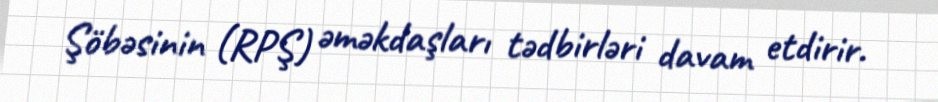
Şöbəsinin (RPŞ) əməkdaşları tədbirləri davam etdirir.